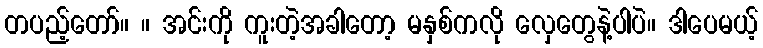
တပည့်တော်။ ။ အင်းကို ကူးတဲ့အခါတော့ မနှစ်ကလို လှေတွေနဲ့ပါပဲ။ ဒါပေမယ့်